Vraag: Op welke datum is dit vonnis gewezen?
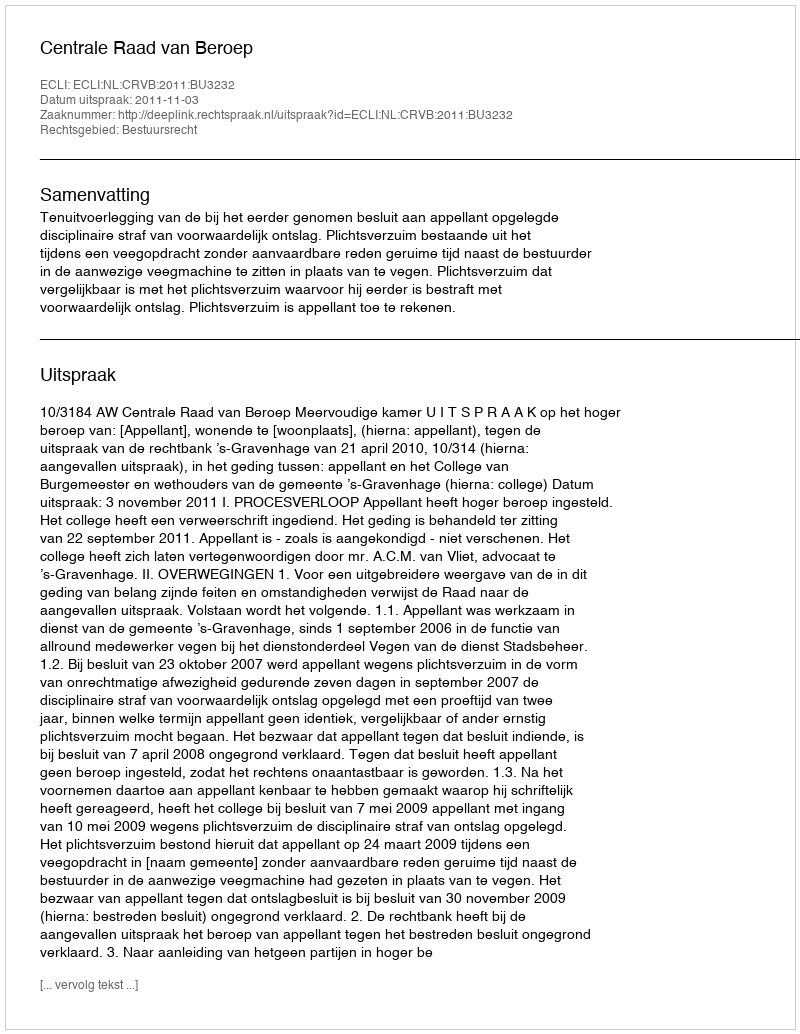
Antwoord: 2011-11-03